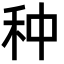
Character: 种